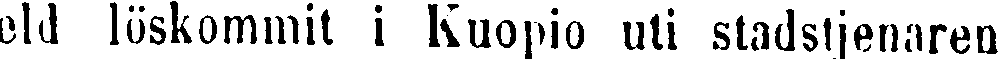
eld löskommit i Kuopio uti stadstjenaren